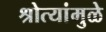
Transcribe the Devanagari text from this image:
श्रोत्यांमुळे